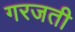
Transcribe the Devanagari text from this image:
गरजती